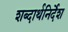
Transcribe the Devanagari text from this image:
शब्दार्थनिर्देश